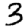
Digit: 3